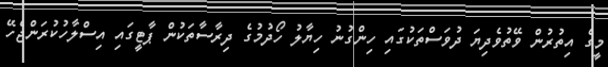
މީގެ އިތުރުން ވޭތުވެދިޔަ ދުވަސްތަކުގައި ހިންގުނު ހިޔާލު ހޯދުމުގެ ދިރާސާތަކުން ޕާޓީގައި އިސްލާހުކުރަންޖެހޭ